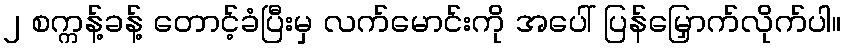
၂ စက္ကန့်ခန့် တောင့်ခံပြီးမှ လက်မောင်းကို အပေါ် ပြန်မြှောက်လိုက်ပါ။